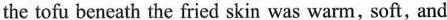
the tofu beneath the fried skin was warm，soft，and